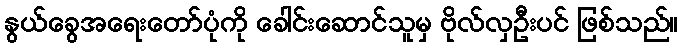
နွယ်ခွေအရေးတော်ပုံကို ခေါင်းဆောင်သူမှ ဗိုလ်လှဦးပင် ဖြစ်သည်။